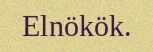
Elnökök.